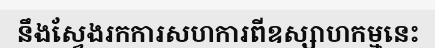
នឹងស្វែងរកការសហការពីឧស្សាហកម្មនេះ